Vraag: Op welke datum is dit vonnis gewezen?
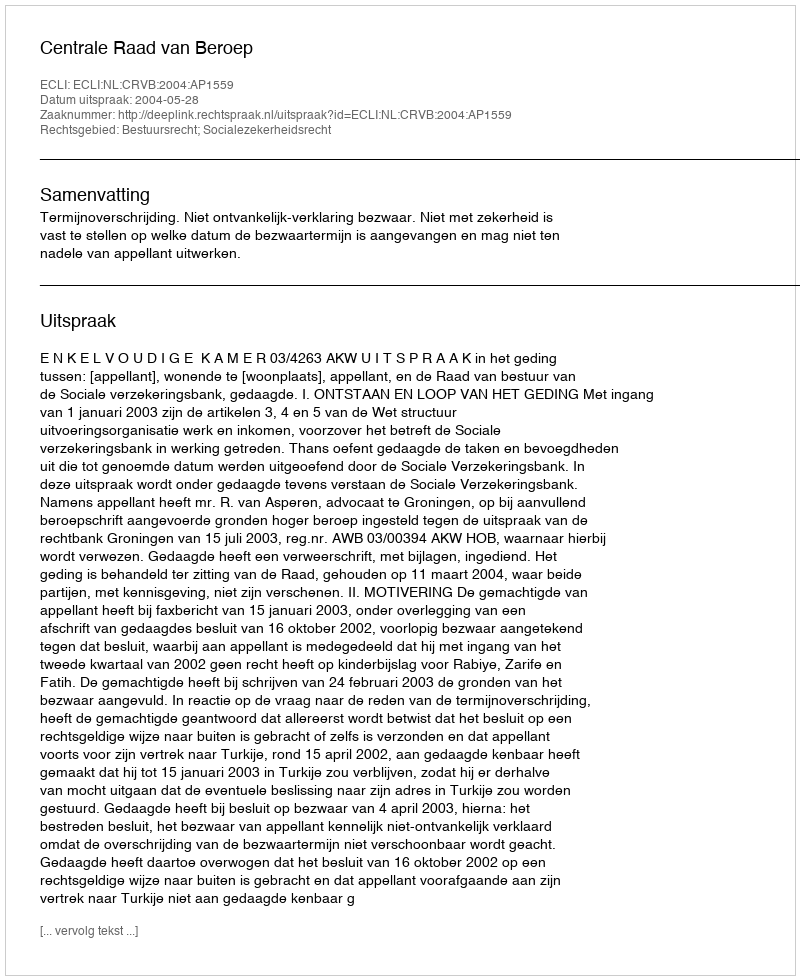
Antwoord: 2004-05-28